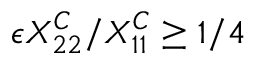
\epsilon X _ { 2 2 } ^ { C } / X _ { 1 1 } ^ { C } \geq 1 / 4